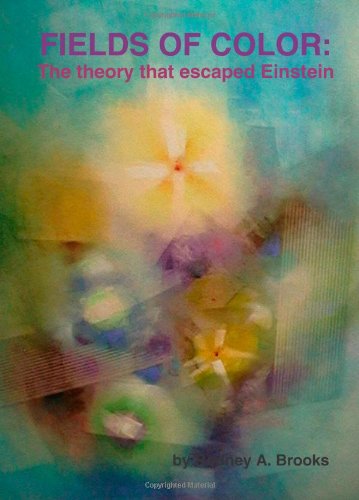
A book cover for Fields of Color: The theory that escaped Einstein; Rodney A. Brooks; Science & Math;